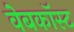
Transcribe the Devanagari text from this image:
वेबकॉस्ट